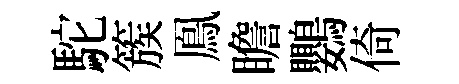
駝簇鳯瞻鸚倚